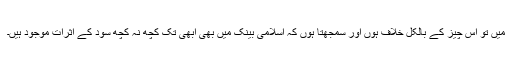
میں تو اس چیز کے بالکل خلاف ہوں اور سمجھتا ہوں کہ اسلامی بینک میں بھی ابھی تک کچھ نہ کچھ سود کے اثرات موجود ہیں۔